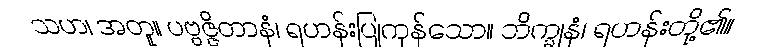
သဟ၊ အတူ။ ပဗ္ဗဇ္ဇိတာနံ၊ ရဟန်းပြုကုန်သော။ ဘိက္ခုနံ၊ ရဟန်းတို့၏။